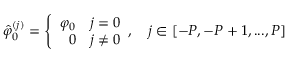
\hat { \varphi } _ { 0 } ^ { ( j ) } = \left\{ \begin{array} { r l } { \varphi _ { 0 } } & { j = 0 } \\ { 0 } & { j \neq 0 } \end{array} , \quad j \in [ - P , - P + 1 , . . . , P ] \right.